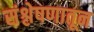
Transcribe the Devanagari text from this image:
संश्लेषणातून